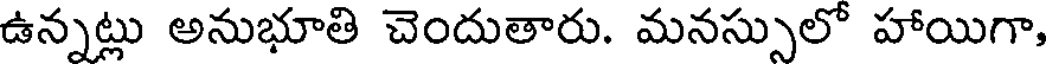
ఉన్నట్లు అనుభూతి చెందుతారు. మనస్సులో హాయిగా,